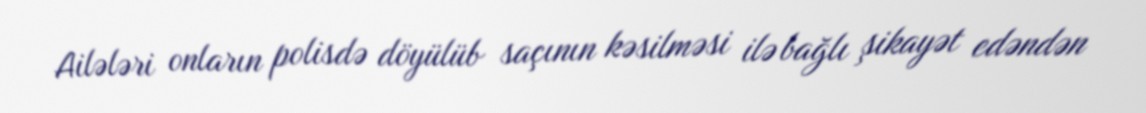
Ailələri onların polisdə döyülüb saçının kəsilməsi ilə bağlı şikayət edəndən